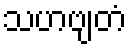
သဟဗျတံ